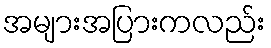
အများအပြားကလည်း